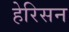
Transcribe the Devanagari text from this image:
हेरिसन